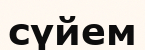
сүйем